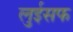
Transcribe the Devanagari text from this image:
लुईसफ